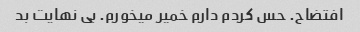
افتضاح. حس کردم دارم خمیر میخورم. بی نهایت بد